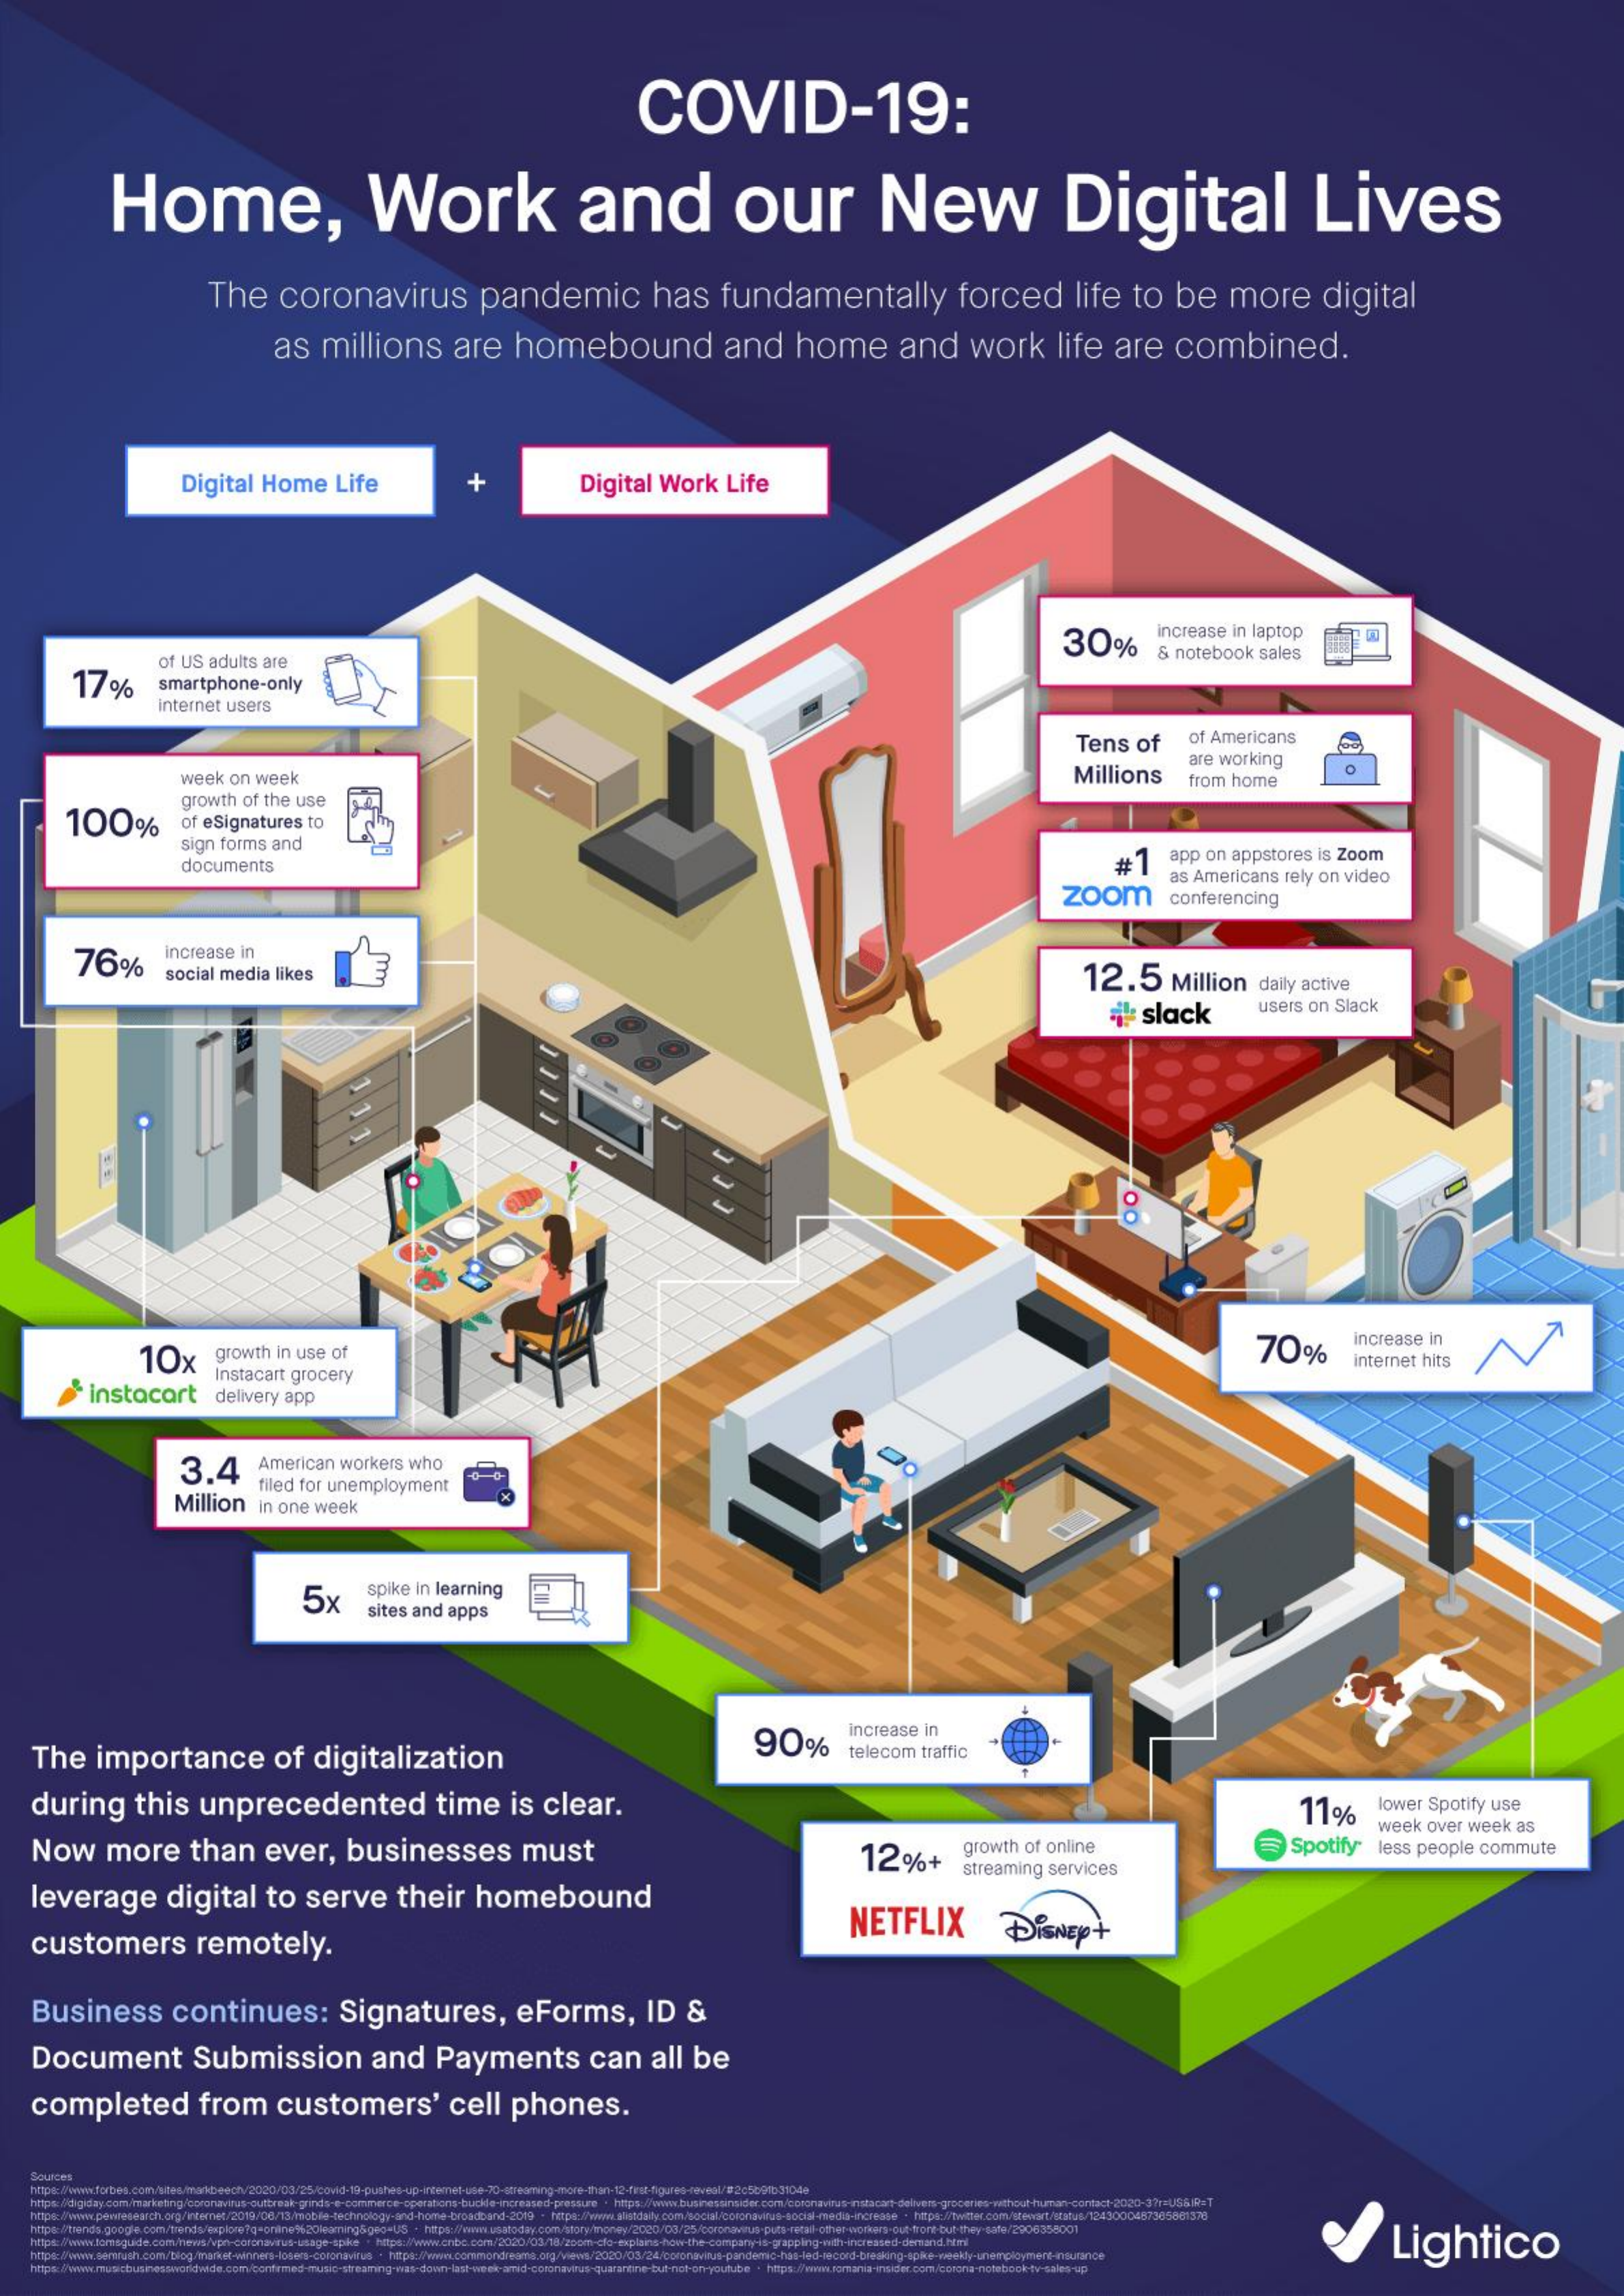
COVID-19:
     Home,    Work    and    our    New    Digital    Lives
     The coronavirus pandemic has fundamentally forced life to be more digital
     as millions are homebound and home and work life are combined.
     Digital Home Life + Digital Work Life
     increase in laptop
     30% & notebook sales
    17%
     of US adults are
     smartphone-only
     Internet users
     Tens of of Americans
     week on week    Millions
     are working
     from home
     O
    100%
     growth of the use
     of eSignatures to
     sign forms and
     documents    #1 app on appstores is Zoom
     zoom
     as Americans rely on video
     conferencing
    76%
     increase in
     social media likes    12.5 Million daily active
     # slack users on Slack
     D
     10x growth in use of    70%
     increase in
     Instacart grocery
     internet hits
     instacart delivery app
     3.4 American workers who
     filed for unemployment
     Million in one week
     5x
     spike in learning
     sites and apps
  The importance of digitalization    90%
     increase in
     telecom traffic
  during this unprecedented time is clear.    11% lower Spotify use
  Now more than ever, businesses must    growth of online Spotify
     week over week as
     12%+
     streaming services
     less people commute
  leverage digital to serve their homebound
  customers remotely.
     NETFLIX DisNEpt
  Business continues: Signatures, eForms, ID &
  Document Submission and Payments can all be
  completed from customers' cell phones.
  Sources
     Lightico